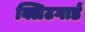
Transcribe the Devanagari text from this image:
क्लिटगार्ड